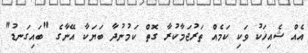
އެއް ޝެއިޚަކު ވަކި ކަމެއް ތަރުޖަމާކުރާ ގޮތް ކަމުނުދާ ބަޔަކާ އޭނާގެ "ބައިގަނޑު"